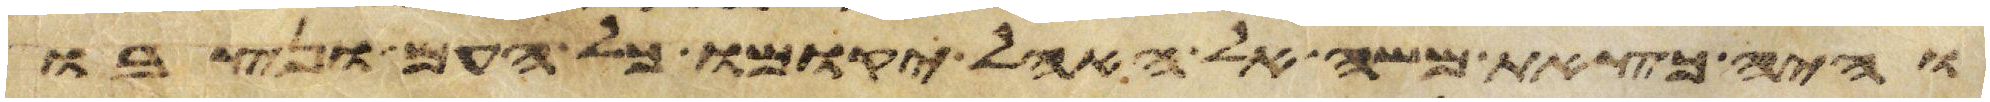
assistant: והיה כצאת משה אל האהל יקומו כל העם ונצבו